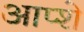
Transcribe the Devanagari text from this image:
आप्शे